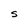
Character: S